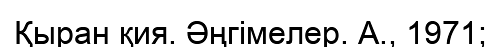
Қыран қия. Әңгімелер. А., 1971;